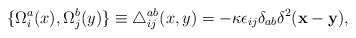
\begin{align*}\{ \Omega_i^a(x), \Omega_j^b(y) \} \equiv \triangle^{ab}_{ij}(x, y) = - \kappa\epsilon_{ij}\delta_{ab}\delta^2({\bf x} - {\bf y}),\end{align*}